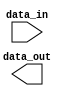
module Generate_Parameterized_Module #(parameter DATA_WIDTH = 8) (
   input wire [DATA_WIDTH-1:0] data_in,
   output wire [DATA_WIDTH-1:0] data_out
);

   // Behavioral modeling constructs here
  
endmodule